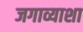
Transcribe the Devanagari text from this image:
जगाव्याशा